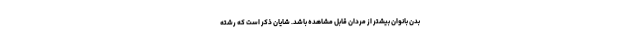
بدن بانوان بیشتر از مردان قابل مشاهده باشد. شایان ذکر است که رشته